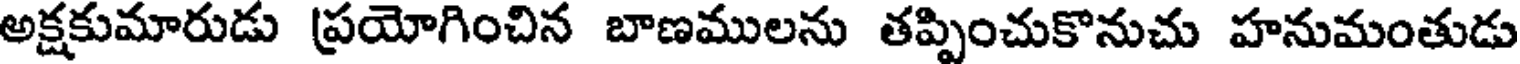
అక్షకుమారుడు ప్రయోగించిన బాణములను తప్పించుకొనుచు హనుమంతుడు